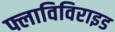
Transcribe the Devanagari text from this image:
फ्लाविविराइड